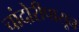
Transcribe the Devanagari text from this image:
चांदोरीपासून